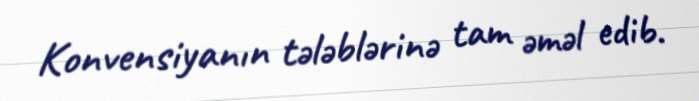
Konvensiyanın tələblərinə tam əməl edib.